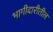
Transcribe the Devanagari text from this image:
भागीदारीतील